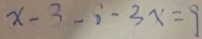
x - 3 - 0 - 3 x = 9